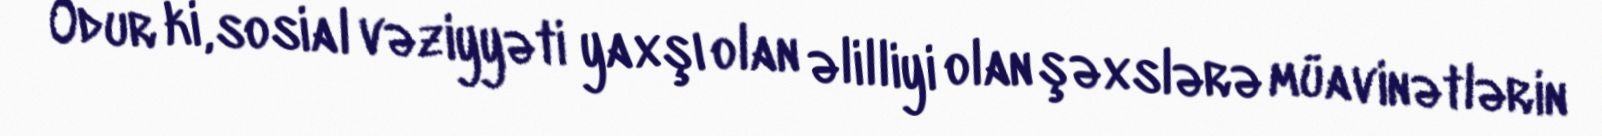
Odur ki, sosial vəziyyəti yaxşı olan əlilliyi olan şəxslərə müavinətlərin